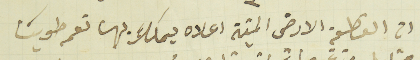
ان القطعة الارض الميتة اعلاه يملك بها نعمه طوبيا